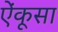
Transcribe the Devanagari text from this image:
ऐंकूसा